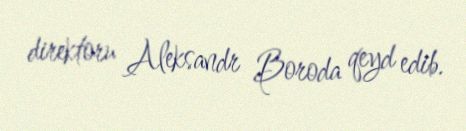
direktoru Aleksandr Boroda qeyd edib.